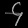
Digit: ၄